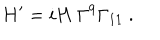
H ^ { \prime } = i H \; \Gamma ^ { 9 } \Gamma _ { 1 1 } \ .